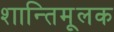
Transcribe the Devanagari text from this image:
शान्तिमूलक